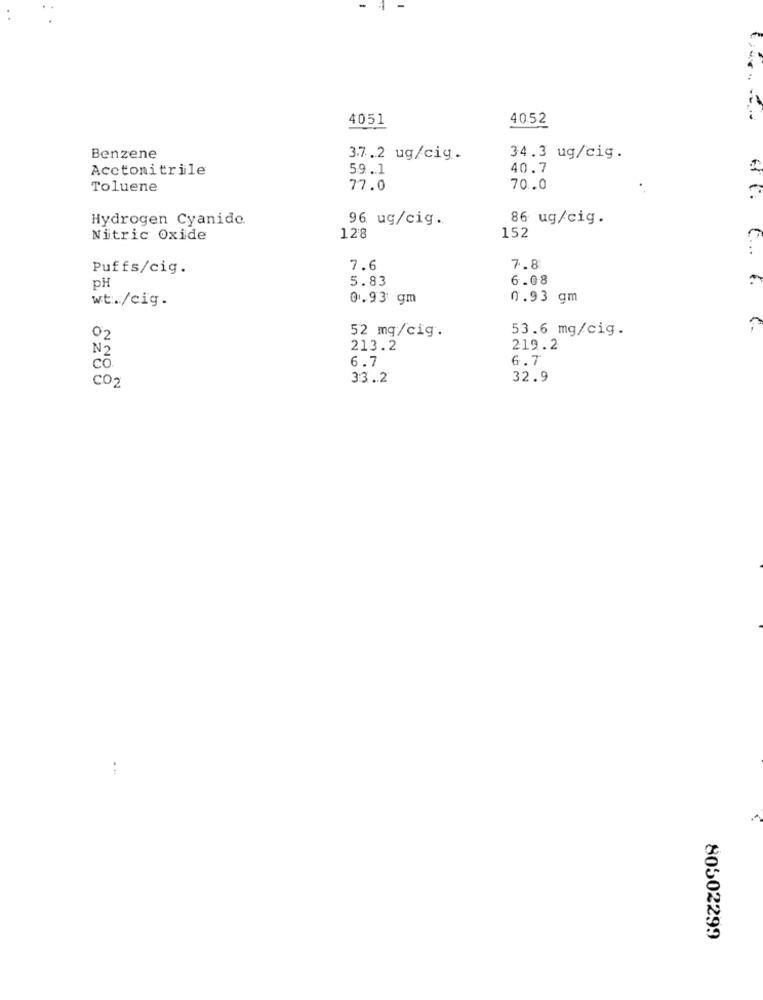
4051
4052
Benzene
3.7.2 ug/cig.
34.3 ug/cig.
Acctonitrile
59.1
40.7
Toluene
77.0
70.0
Hydrogen Cyanide.
96 ug/cig.
86 ug/cig.
Nitric Oxide
128
152
Puffs/cig.
7.6
7.8
5.83
6.08
pH
wt./cig.
0.93 gm
0.93 gm
C ... ..
52 mg/cig.
53.6 mg/cig.
C-
02
N2
213.2
219.2
6.7
6.7
co.
CO2
33.2
32.9
80502299